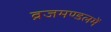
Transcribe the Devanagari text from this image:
व्रजमण्डलमें